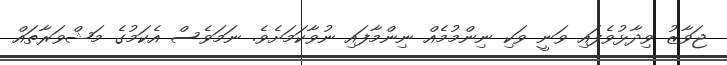
ޖަވާޒު ވިދާޅުވެފައި ވަނީ ވަކި ނިންމުމެއް ނިންމާފައި ނުވާކަމަށެވެ. ނަމަވެސް އެކަމުގެ މަޝްވަރާތައް